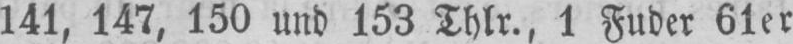
141, 147, 150 und 153 Thlr., 1 Fuder 61er